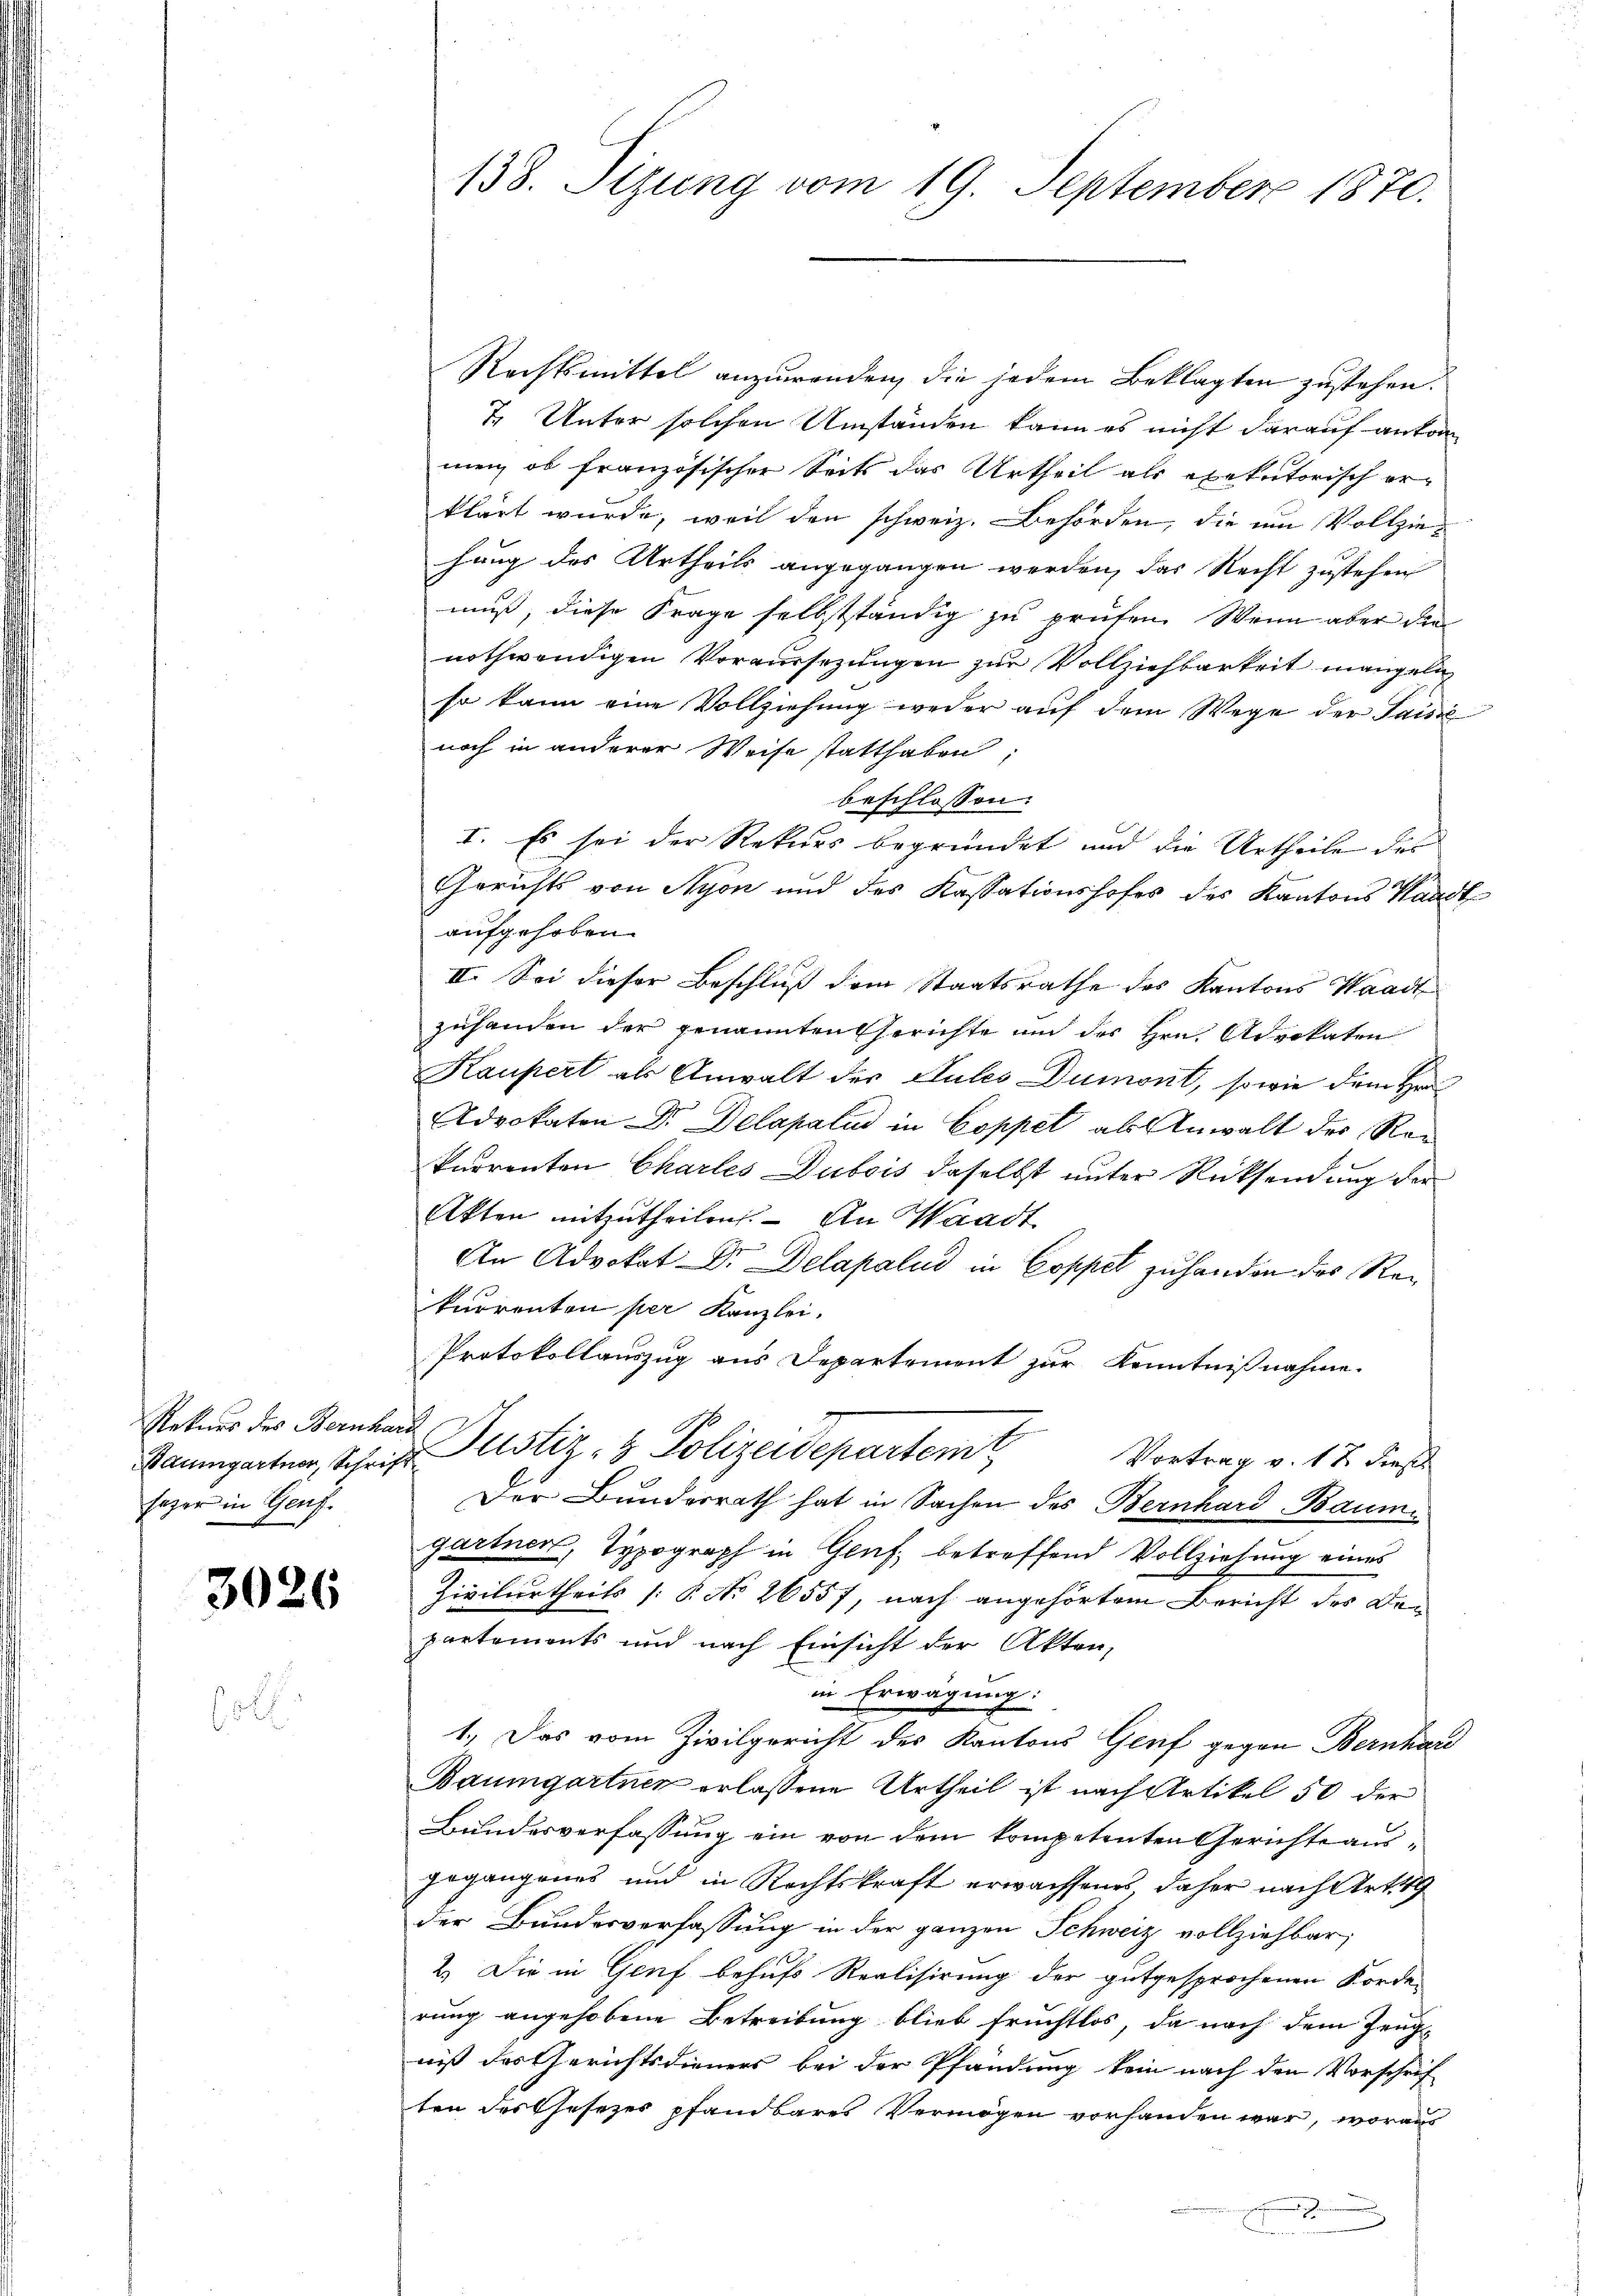
Rekurs des Bernhar
sazer in Genf.

3026

5

Rechtsmittel anzuwenden, die jedem Beklagten zustehen.
7. Unter solchen Umständen kann es nicht darauf anton
men, ob französischer Seits das Urtheil als exekutorisch er-
klärt wurde, weil den schweiz. Behörden, die um Vollziehung des Urtheils angegangen werden, das Recht zustehen
mus, diese Frage selbstständig zu prüfen. Wenn aber den
nothwendigen Voraussezungen zur Vollziehbarkeit mangeln
so kann eine Vollziehung weder auf dem Wege der Saisie
noch in anderer Weise statthaben;
beschlossen:
I. Es sei der Rekurs begründet und die Urtheile des
Gerichts von Nyon und des Kassationshofes des Kantons Waadt
aufgehoben.
II. Sei dieser Beschluß dem Staatsrathe des Kantons Waadt
zuhanden der genannten Gerichte und des Hrn. Advokaten
Kaupert als Anwalt der Sules Dumont, sowie dem Hrn
Advokaten Dr. Delapalud in Coppel als Anwalt des Rekurrenten Charles Dubois daselbst unter Rücksendung der
Akten mitzutheilen. An Waadt
An Advokat Dr. Delapalud in Coppel zuhanden des Rekurrenten per Kanzlei.
Protokollauszug aus Departement zur Kenntnißnahme.
i
Baumgarten, Schrift Pustiz- & Polizeidepartem Vortrag v. 12. dieß
Der Bundesrath hat in Sachen des Bernhard Baumgartner, Typograph in Genf, betreffend Vollziehung eines
Zivilurtheils |: § No 26557, nach angehörtem Bericht des Departements und nach Einsicht der Akten,
in Erwägung:
1.) Das vom Zivilgericht des Kantons Genf gegen Bernhard
Baumgartner erlassene Urtheil ist nach Artikel 50 der
Bundesverfassung ein von dem kompetenten Gerichte ausgegangenes und in Rechtskraft erwachsenes, daher nach Art. 49
Der Bundesverfassung in der ganzen Schweiz vollziehbar;
2.) Die in Genf behufs Realisirung der gutgesprochenen Forde
rung angehobene Betreibung blieb fruchtlos, da nach dem Zeug-
niß des Gerichtsdieners bei der Pfändung kein nach den Vorschrif
ten des Gesezes pfandbares Vermögen vorhanden war, woraus
)
.

138. Sizung vom 19. September 1870.